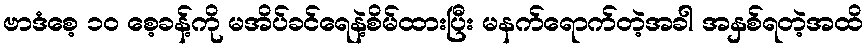
ဗာဒံစေ့ ၁၀ စေ့ခန့်ကို မအိပ်ခင်ရေနဲ့စိမ်ထားပြီး မနက်ရောက်တဲ့အခါ အနှစ်ရတဲ့အထိ